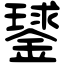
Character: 𨫣